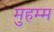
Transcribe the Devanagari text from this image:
मुहम्म